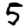
Digit: 5